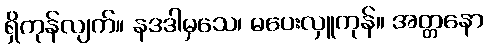
ရှိကုန်လျက်။ နဒဒါမှသေ၊ မပေးလှူကုန်။ အတ္တနော